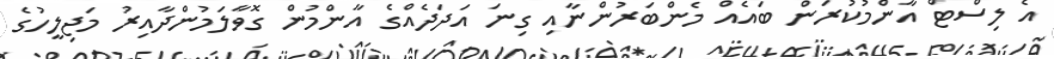
އެ ލިސްޓް އާންމުކުރަން ބައެއް މެންބަރުންނާއި ގިނަ އަދަދެއްގެ އާންމުން ގޮވާލަމުންދާއިރު މަޖިލީހުގެ